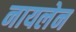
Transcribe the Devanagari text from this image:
नायलेन